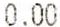
0.00